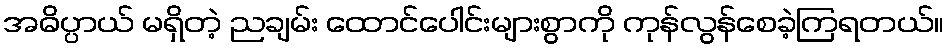
အဓိပ္ပာယ် မရှိတဲ့ ညချမ်း ထောင်ပေါင်းများစွာကို ကုန်လွန်စေခဲ့ကြရတယ်။